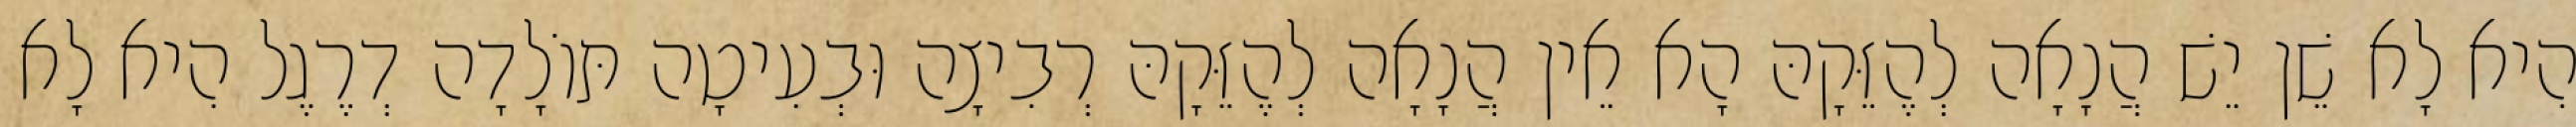
הִיא לָא שֵׁן יֵשׁ הֲנָאָה לְהֶזֵּקָהּ הָא אֵין הֲנָאָה לְהֶזֵּקָהּ רְבִיצָה וּבְעִיטָה תּוֹלָדָה דְרֶגֶל הִיא לָא